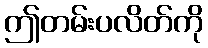
ဤတမ်းပလိတ်ကို